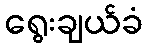
ရွေးချယ်ခံ